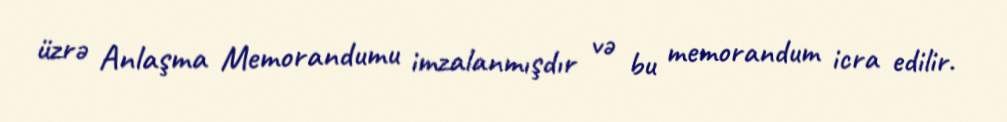
üzrə Anlaşma Memorandumu imzalanmışdır və bu memorandum icra edilir.